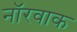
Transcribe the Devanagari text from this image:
नॉरवाक